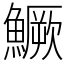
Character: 鱖